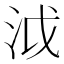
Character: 泧